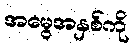
အမွေအနှစ်ကို